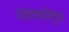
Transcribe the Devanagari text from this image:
जनगणनेनुसा